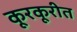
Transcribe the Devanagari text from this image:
कूरकूरीत